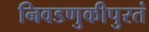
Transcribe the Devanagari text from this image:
निवडणुकीपुरतं